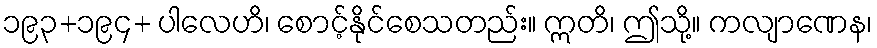
၁၉၃+၁၉၄+ ပါလေဟိ၊ စောင့်နိုင်စေသတည်း။ ဣတိ၊ ဤသို့။ ကလျာဏေန၊